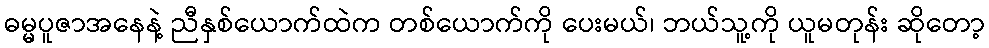
ဓမ္မပူဇာအနေနဲ့ ညီနှစ်ယောက်ထဲက တစ်ယောက်ကို ပေးမယ်၊ ဘယ်သူ့ကို ယူမတုန်း ဆိုတော့